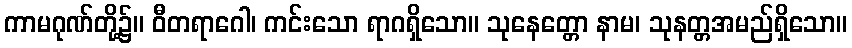
ကာမဂုဏ်တို့၌။ ဝီတရာဂေါ၊ ကင်းသော ရာဂရှိသော။ သုနေတ္တော နာမ၊ သုနတ္တအမည်ရှိသော။